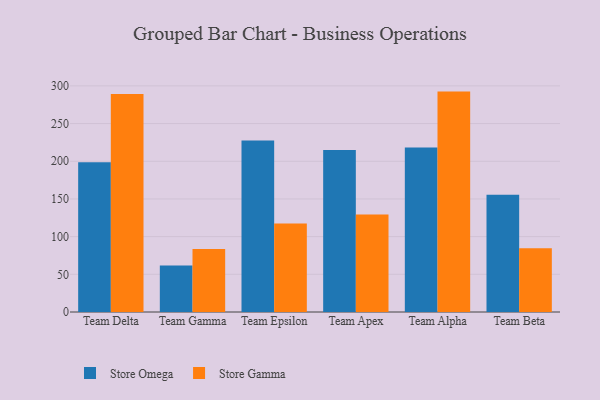
{"axis": {"x": "Team", "y": "Humidity (%)"}, "legend": ["Store Gamma", "Store Omega"], "data": [{"x": "Team Delta", "y": 198.7, "type": "Store Omega"}, {"x": "Team Delta", "y": 289.2, "type": "Store Gamma"}, {"x": "Team Gamma", "y": 61.6, "type": "Store Omega"}, {"x": "Team Gamma", "y": 83.7, "type": "Store Gamma"}, {"x": "Team Epsilon", "y": 227.6, "type": "Store Omega"}, {"x": "Team Epsilon", "y": 117.3, "type": "Store Gamma"}, {"x": "Team Apex", "y": 215.0, "type": "Store Omega"}, {"x": "Team Apex", "y": 129.4, "type": "Store Gamma"}, {"x": "Team Alpha", "y": 218.1, "type": "Store Omega"}, {"x": "Team Alpha", "y": 292.4, "type": "Store Gamma"}, {"x": "Team Beta", "y": 155.7, "type": "Store Omega"}, {"x": "Team Beta", "y": 84.6, "type": "Store Gamma"}]}